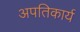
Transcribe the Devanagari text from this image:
अपतिकार्य